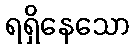
ရရှိနေသော